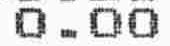
0.00